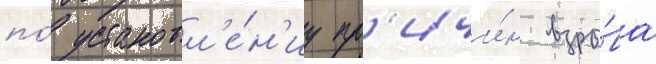
по́ установл'е́н'иу пр'ичи́н взры́ва